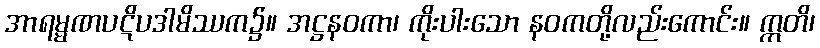
အာရမ္မဏပဋိပဒါမိဿက၌။ အဋ္ဌနဝကာ၊ ကိုးပါးသော နဝကတို့လည်းကောင်း။ ဣတိ၊